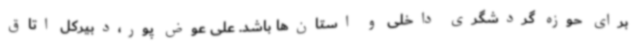
برای حوزه گردشگری داخلی و استان‌ها باشد. علی عوض پور،دبیرکل اتاق